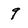
Character: 9